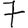
Digit: 7